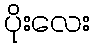
ပိုးလေး